Subject: physics
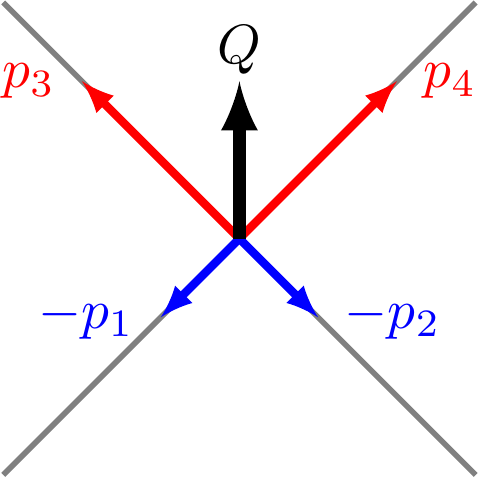
LaTeX code:
\begin{tikzpicture}[baseline=0]
\tikzset{>=latex}
\draw [help lines,line width=2pt,-] (-3,-3) -- (3,3);
\draw [help lines,line width=2pt,-] (-3,3) -- (3,-3);

	\draw [->,line width=3pt,red] (0,0)--(2,2) node[right,scale=2,red] {$p_4$};
\draw [->,line width=3pt,red] (0,0)--(-2,2) node[left,scale=2,red] {$p_3$};
\draw [->,line width=3pt,blue] (0,0)--(-1,-1) node[left,scale=2,blue] {$-p_1$};
\draw [->,line width=3pt,blue] (0,0)--(1,-1) node[right,scale=2,blue] {$-p_2$};
\draw [->,line width=5pt,black] (0,0)--(0,2) node[yshift=.4cm,scale=2,black] {$Q$};
\end{tikzpicture}